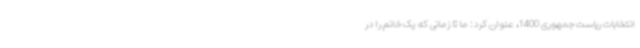
انتخابات ریاست جمهوری 1400، عنوان کرد: ما تا زمانی که یک خانم را در